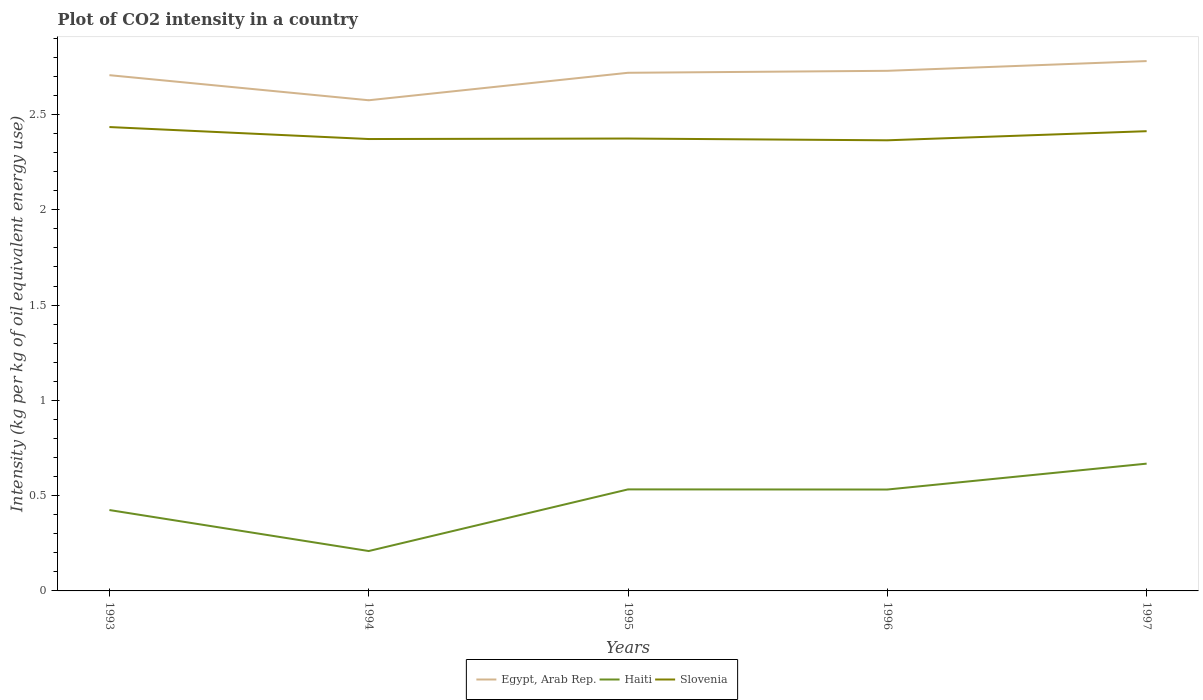
| Years | Egypt, Arab Rep. | Haiti | Slovenia |
 | --- | --- | --- | --- |
 | 1993 | 2.71 | 0.424 | 2.43 |
 | 1994 | 2.57 | 0.209 | 2.37 |
 | 1995 | 2.72 | 0.533 | 2.37 |
 | 1996 | 2.73 | 0.532 | 2.36 |
 | 1997 | 2.78 | 0.668 | 2.41 |